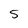
Character: 5